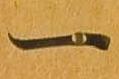
一